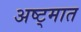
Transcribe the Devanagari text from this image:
अष्ट्मात